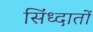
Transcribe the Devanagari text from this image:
सिंध्दातों